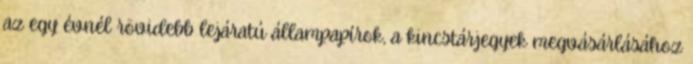
az egy évnél rövidebb lejáratú állampapírok, a kincstárjegyek megvásárlásához